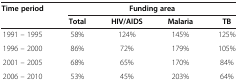
<table><thead><tr><td rowspan="2"><b>Time period</b></td><td colspan="4"><b>Funding area</b></td></tr><tr><td><b>Total</b></td><td><b>HIV/AIDS</b></td><td><b>Malaria</b></td><td><b>TB</b></td></tr></thead><tbody><tr><td>1991 – 1995</td><td>58%</td><td>124%</td><td>145%</td><td>125%</td></tr><tr><td>1996 – 2000</td><td>86%</td><td>72%</td><td>179%</td><td>105%</td></tr><tr><td>2001 – 2005</td><td>68%</td><td>65%</td><td>170%</td><td>84%</td></tr><tr><td>2006 – 2010</td><td>53%</td><td>45%</td><td>203%</td><td>64%</td></tr></tbody></table>